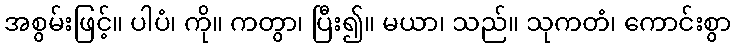
အစွမ်းဖြင့်။ ပါပံ၊ ကို။ ကတွာ၊ ပြီး၍။ မယာ၊ သည်။ သုကတံ၊ ကောင်းစွာ